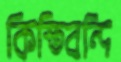
কিস্তিবন্দি